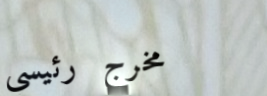
مخرج رئيسي